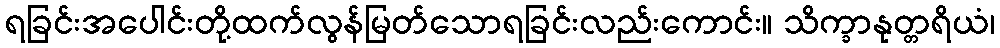
ရခြင်းအပေါင်းတို့ထက်လွန်မြတ်သောရခြင်းလည်းကောင်း။ သိက္ခာနုတ္တရိယံ၊